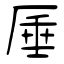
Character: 厜